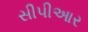
સીપીઆર